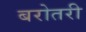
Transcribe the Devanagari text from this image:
बरोतरी